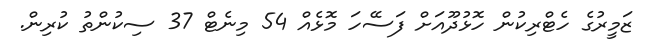
ޒަމީރުގެ ހެޓްރިކުން ހޮޅުދޫއަށް ފަސޭހަ މޮޅެއް 54 މިނެޓް 37 ސިކުންތު ކުރިން.